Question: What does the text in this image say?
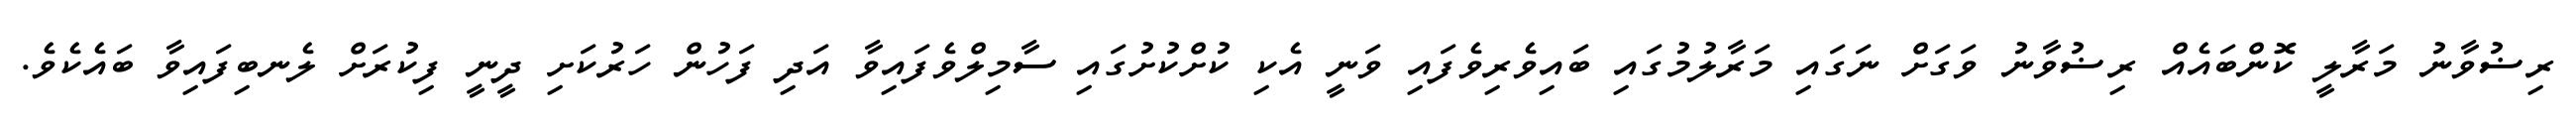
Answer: ރިޟުވާނު މަރާލީ ކޮންބައެއް ރިޟުވާނު ވަގަށް ނަގައި މަރާލުމުގައި ބައިވެރިވެފައި ވަނީ އެކި ކުށްކުށުގައި ސާމިލްވެފައިވާ އަދި ފަހުން ހަރުކަށި ދީނީ ފިކުރަށް ލެނބިފައިވާ ބައެކެވެ.